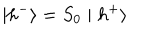
\mid h ^ { - } \rangle = S _ { 0 } \mid h ^ { + } \rangle